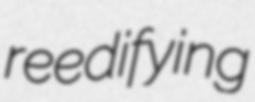
reedifying